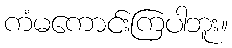
ကံမကောင်းကြပါဘူး။